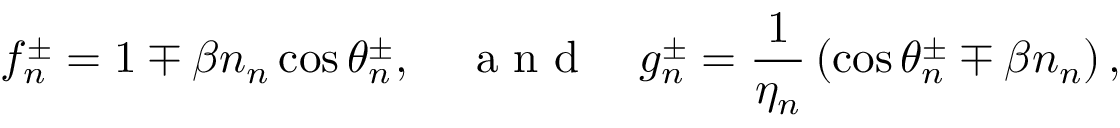
f _ { n } ^ { \pm } = 1 \mp \beta n _ { n } \cos \theta _ { n } ^ { \pm } , \quad \mathrm { ~ a ~ n ~ d ~ } \quad g _ { n } ^ { \pm } = \frac { 1 } { \eta _ { n } } \left( \cos \theta _ { n } ^ { \pm } \mp \beta n _ { n } \right) ,